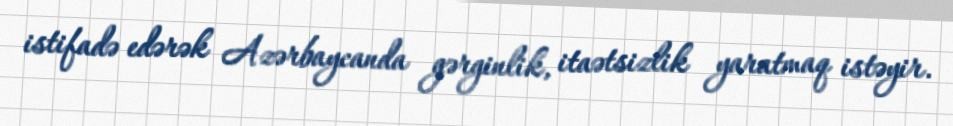
istifadə edərək Azərbaycanda gərginlik, itaətsizlik yaratmaq istəyir.